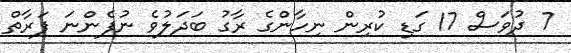
7 ދުވަސް 17 ގަޑި ކުރިން ނިހާންގެ ރާގު ބަދަލުވެ ނުފެންނަ ފަރާތް